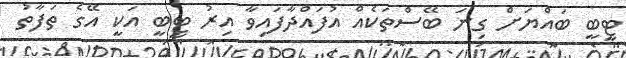
ޓީބީ ބައްޔަށް ގިނަ ބޭސްތަކެއް އުފައްދާފައިވާ އިރު ޓީބީ އަކީ އޭގެ ތަފާތު